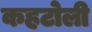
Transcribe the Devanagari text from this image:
कहटोली